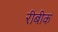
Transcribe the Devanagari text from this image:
रीबीक